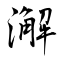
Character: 澥